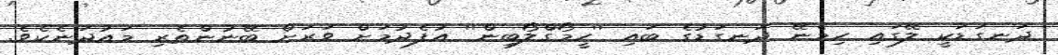
ދަނގަޑަކީ ލޭގައި ހިމެނޭ ދަނގަޑުގެ ބައި ''ހީމޯގްލޯބިން'' އުފެދުމަށް ވަރަށް ބޭނުންތެރި މައުދަނެކެވެ.